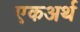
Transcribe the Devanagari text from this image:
एकअर्थ